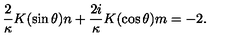
\frac { 2 } { \kappa } K ( \sin \theta ) n + \frac { 2 i } { \kappa } K ( \cos \theta ) m = - 2 .